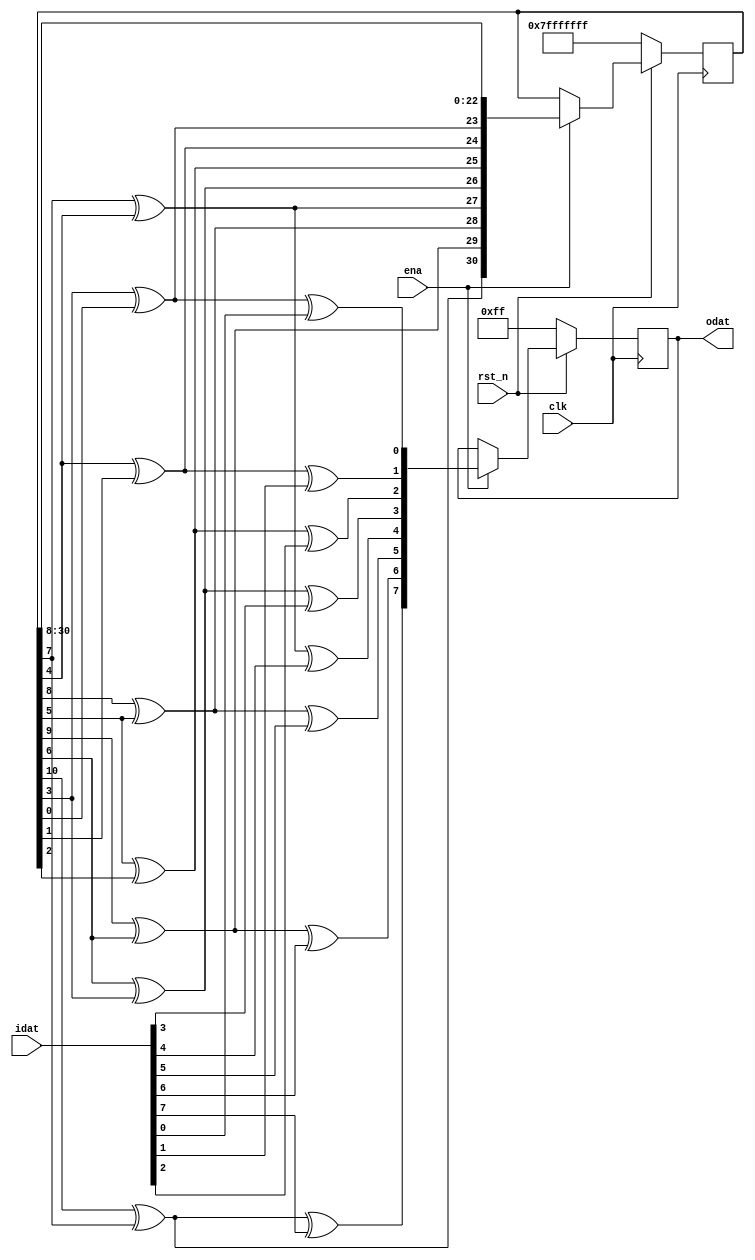
////////////////////////////////////////////////////////////////////////////////
//
// FPGAVN.COM
//
// Description  : .
//
// History (Date, Changed By)
//
////////////////////////////////////////////////////////////////////////////////

module lfsr
    (
     clk,
     rst_n,
     ena,
     idat,
     odat
     );

////////////////////////////////////////////////////////////////////////////////
// Parameter declarations
parameter DATW      = 8;        // Size of bus data in and out
parameter POLYLEN   = 5'd31;    // length of the polynomial (= number of shift register stages)
parameter POLYTAP   = 5'd28;    // intermediate stage that is xor-ed with the last stage to generate to next prbs bit
parameter CHK_MODE  = 0;        // 0: generate, 1: monitor

////////////////////////////////////////////////////////////////////////////////
// Port declarations
input               clk;
input               rst_n;
input               ena;
input  [DATW-1:0]   idat;
output [DATW-1:0]   odat;

reg [DATW-1:0]      odat;

////////////////////////////////////////////////////////////////////////////////
// Local logic and instantiation
reg [1:POLYLEN]     prbs_reg = {POLYLEN{1'b1}};
wire [1:POLYLEN]    prbs_pat[DATW:0];
wire [DATW-1:0]     xor_a, xor_b;
wire [DATW:1]       prbs_msb;

assign              prbs_pat[0] = prbs_reg;

genvar i;
generate for (i = 0; i < DATW; i = i + 1)
    begin
    assign xor_a[i] = prbs_pat[i][POLYTAP] ^ prbs_pat[i][POLYLEN];  // iprbs[POLYTAP] ^ iprbs[POLYLEN]
    assign xor_b[i] = xor_a[i] ^ idat[i];   // insert error or check data
    assign prbs_msb[i+1] = (CHK_MODE == 0) ? xor_a[i] : idat[i];
    assign prbs_pat[i+1] = {prbs_msb[i+1], prbs_pat[i][1:POLYLEN-1]};
    end
endgenerate

always @(posedge clk)
    begin
    if (!rst_n)
        begin
        odat        <= {DATW{1'b1}};
        prbs_reg    <= {POLYLEN{1'b1}};
        end
    else if (ena)
        begin
        odat        <= xor_b;
        prbs_reg    <= prbs_pat[DATW];
        end
    end

endmodule